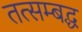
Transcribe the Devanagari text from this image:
तत्सम्बद्ध